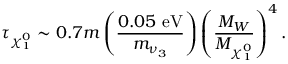
\tau _ { \chi _ { 1 } ^ { 0 } } \sim 0 . 7 m \left( \frac { 0 . 0 5 ~ \mathrm { e V } } { m _ { \nu _ { 3 } } } \right) \left( \frac { M _ { W } } { M _ { \chi _ { 1 } ^ { 0 } } } \right) ^ { 4 } .